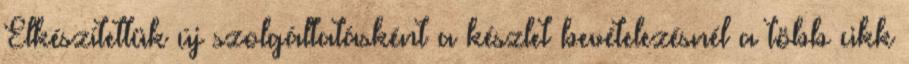
Elkészítettük új szolgáltatásként a készlet bevételezésnél a több cikk